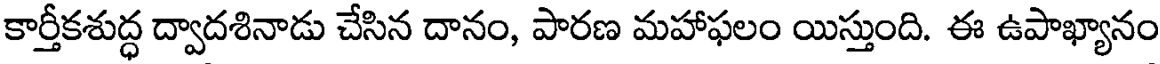
కార్తీకశుద్ధ ద్వాదశినాడు చేసిన దానం, పారణ మహాఫలం యిస్తుంది. ఈ ఉపాఖ్యానం